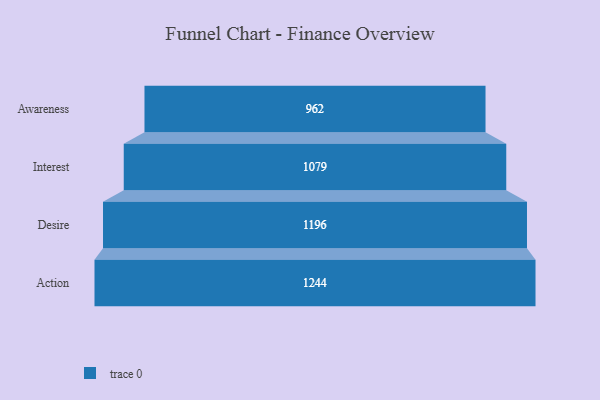
{"axis": {"x": "Stage", "y": "Value"}, "legend": [""], "data": [{"x": "Awareness", "y": 962.0, "type": ""}, {"x": "Interest", "y": 1079.0, "type": ""}, {"x": "Desire", "y": 1196.0, "type": ""}, {"x": "Action", "y": 1244.0, "type": ""}]}